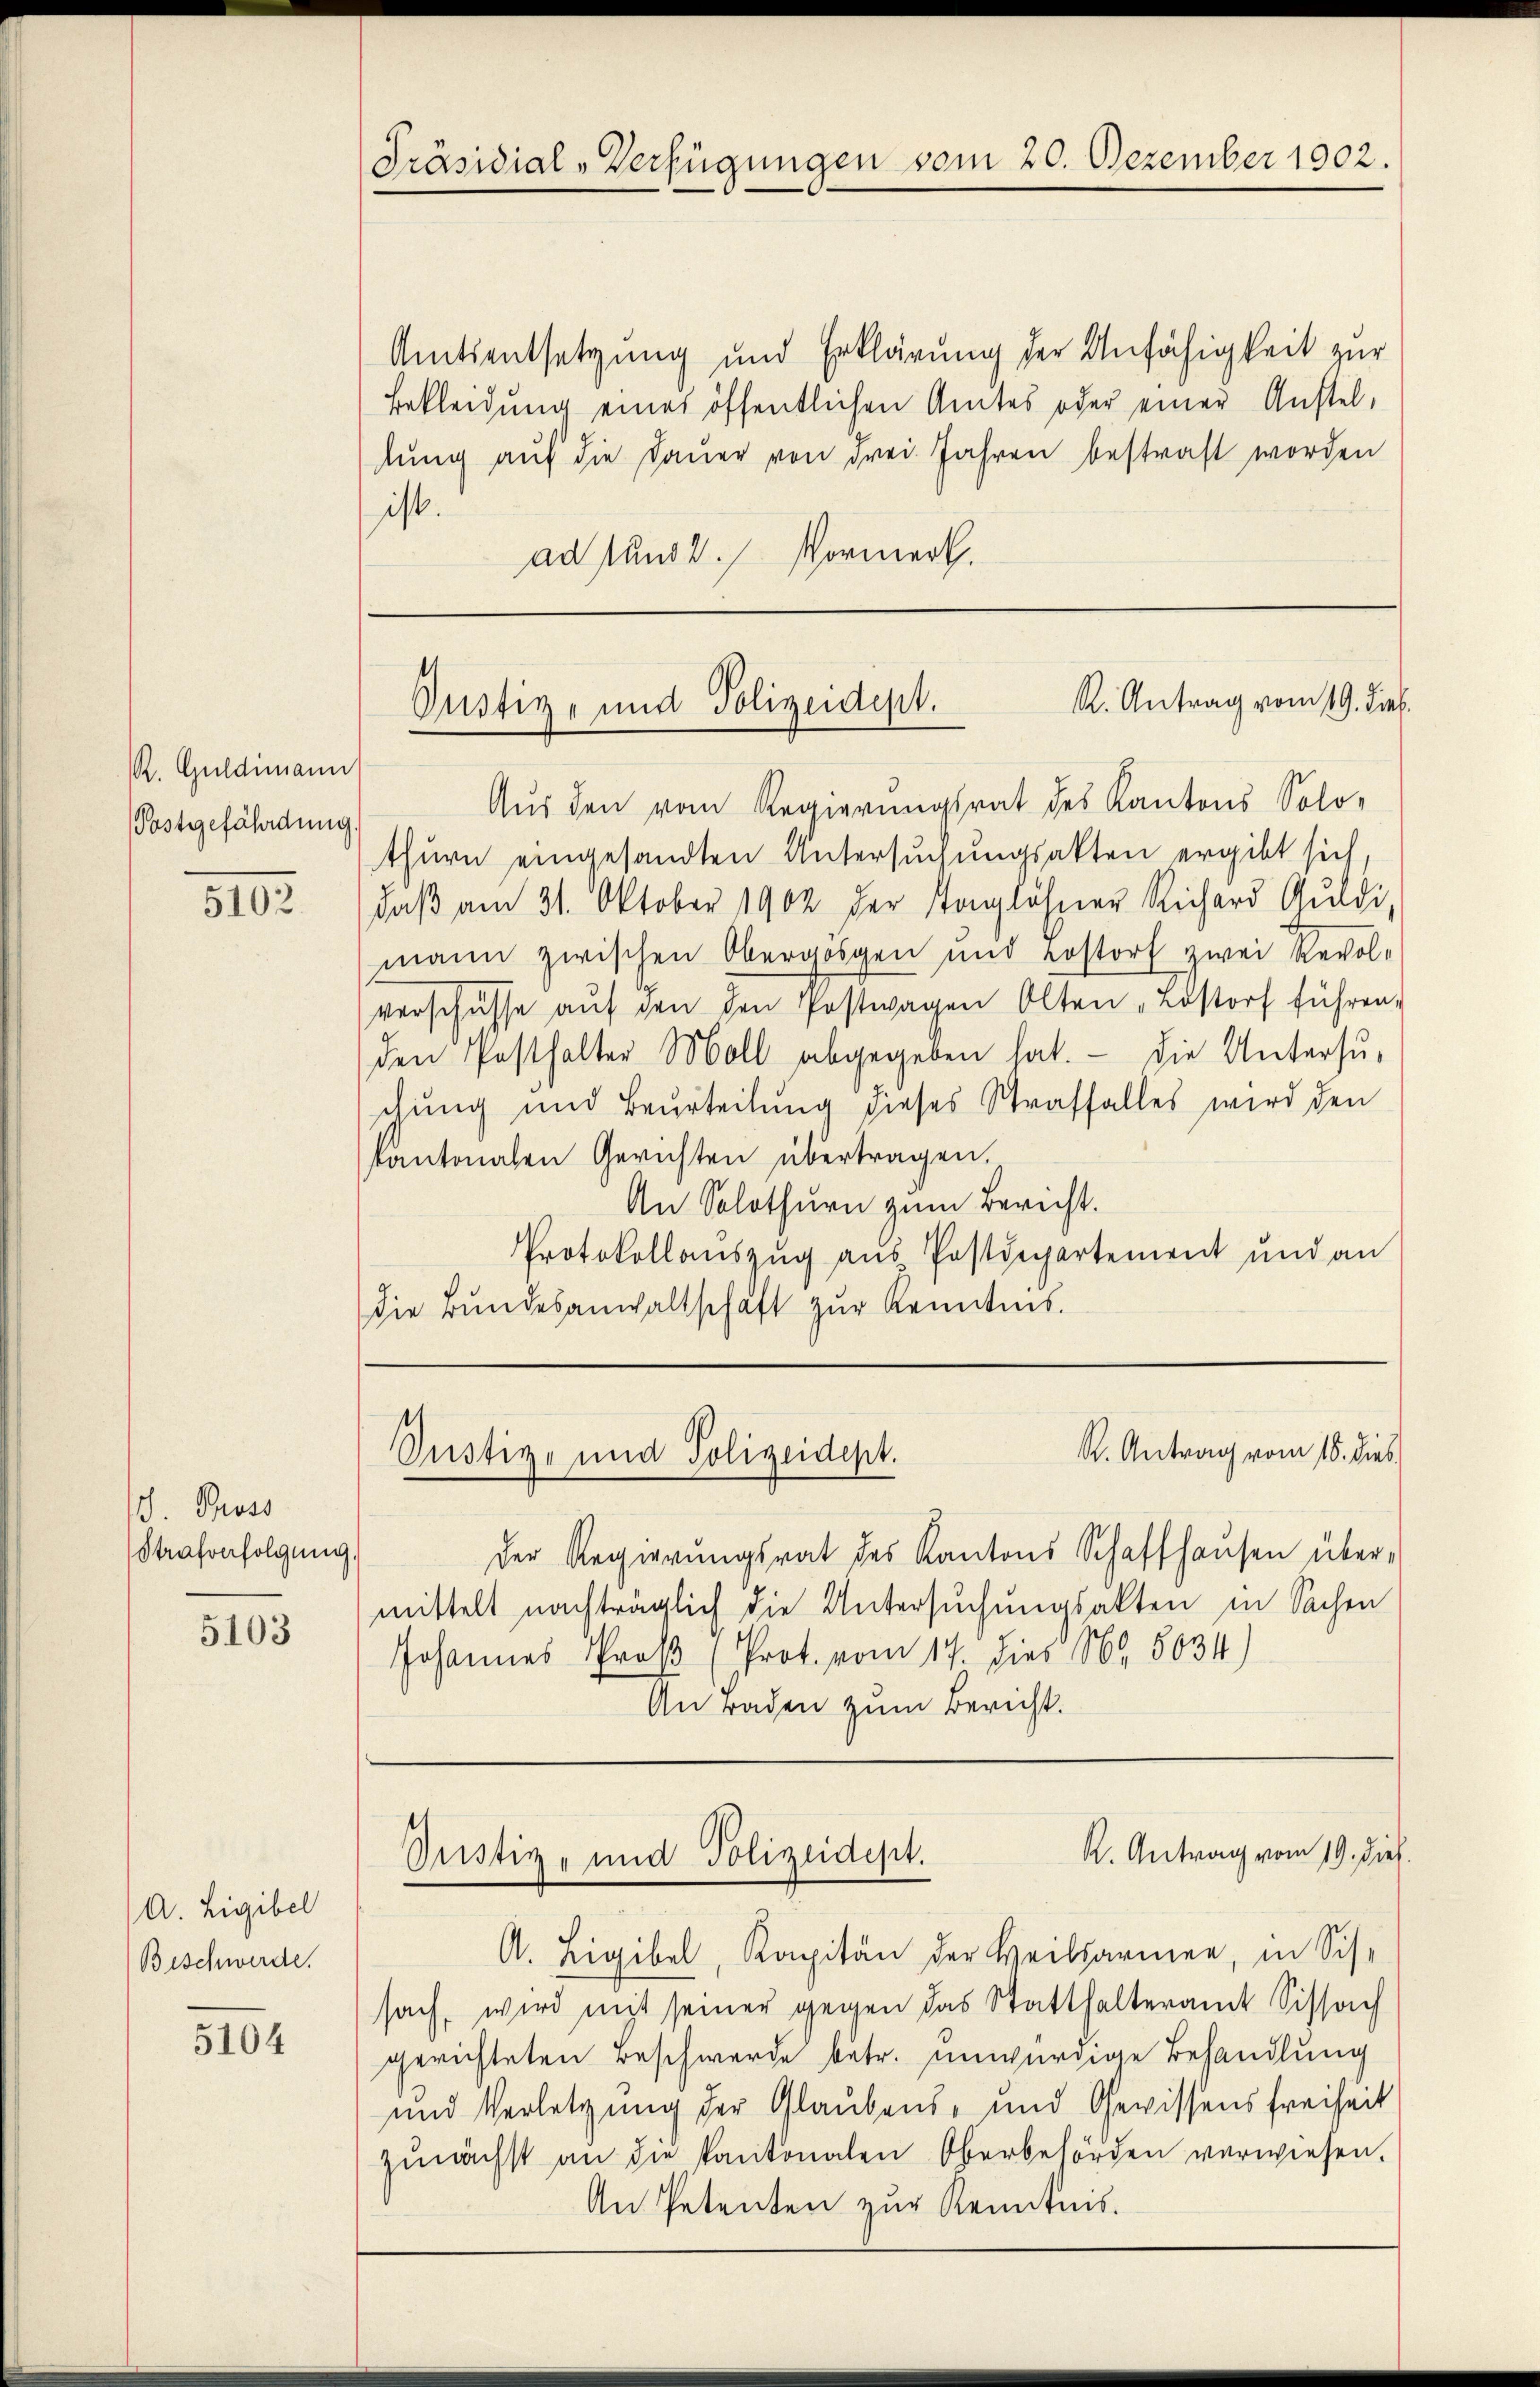
R. Guldimann
Postgefährdung.

5102

J. Pross
Strafverfolgung

5103

A Ligibel
Beschwerde.

5104

Präsidial-Verfügungen vom 20. Dezember 1902.

Amtsentsetzung und Erklärung der Unfähigkeit zur
Bekleidung eines öffentlichen Amtes oder einer Ansteldung auf die Dauer von drei Jahren bestraft worden
ist.
ad sund 2. Vormerk.

Aus den vom Regierungsrat des Kantons Solo-
thurn eingesandten Untersuchungsakten ergibt sich,
daβ am 31. Oktober 1902 der Taglöhner Richard Gradi
mann zwischen Obergossen und Lostorf zwei Revol-
verschüsse aŭf den den Postwagen Olten „Bostorf führen.
den Posthalter Moll abgegeben hat. Die Untersu-
chung und Beurteilung dieses Straffalles wird den
kantonalen Gerichten übertragen.
An Solothurn zum Bericht.
Protokollauszug aus Postdepartement und an
die Bŭndesanwaltschaft zŭr Kenntnis.

R. Antrag vom 19. Frl.
Pustiz- und Polizeidept.

Der Regierŭngsrat des Kantons Schaffhaŭsen über-
mittelt nachträglich die Untersuchungsakten in Sachen
Johannes Proβ (Prot. vom 17. dies 1869 5034)
An raden zum Bericht.

R. Antrag vom 16. dies
Justiz- und Polizeidept.

K. Antrag vom 19. dies
Pustiz- und Polizeidept.

A. Ligibel, Kapitän der Heilsarmen, in Sis-
sach, wird mit seiner gegen das Statthalteramt Sissach
gerichteten Beschwerde betr. unwürdige Behandlung
und Verletzung der Glaubens- und Gewissens freiheit
zŭnächst an die Kantonalen Oberbehörden verwiesen.
An Petenten zur Kenntnis.